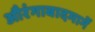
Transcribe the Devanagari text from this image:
औरंगाबादमार्गे